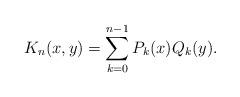
LaTeX: \begin{align*} K_n(x,y) = \sum_{k=0}^{n-1} P_k(x) Q_k(y).\end{align*}